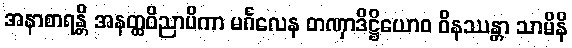
အနာစာရန္တိ အနတ္ထဝိညာပိကာ မင်္ဂလေန တဏှာဒိဋ္ဌိယောဝ ဝိနဿန္တာ သာမိနိ